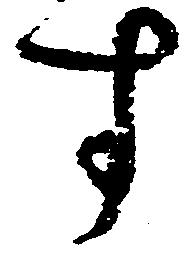
す